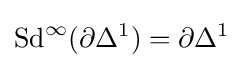
\operatorname {Sd} ^{\infty }(\partial \Delta ^{1})=\partial \Delta ^{1}